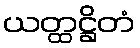
ယတ္ထဋ္ဌိတံ